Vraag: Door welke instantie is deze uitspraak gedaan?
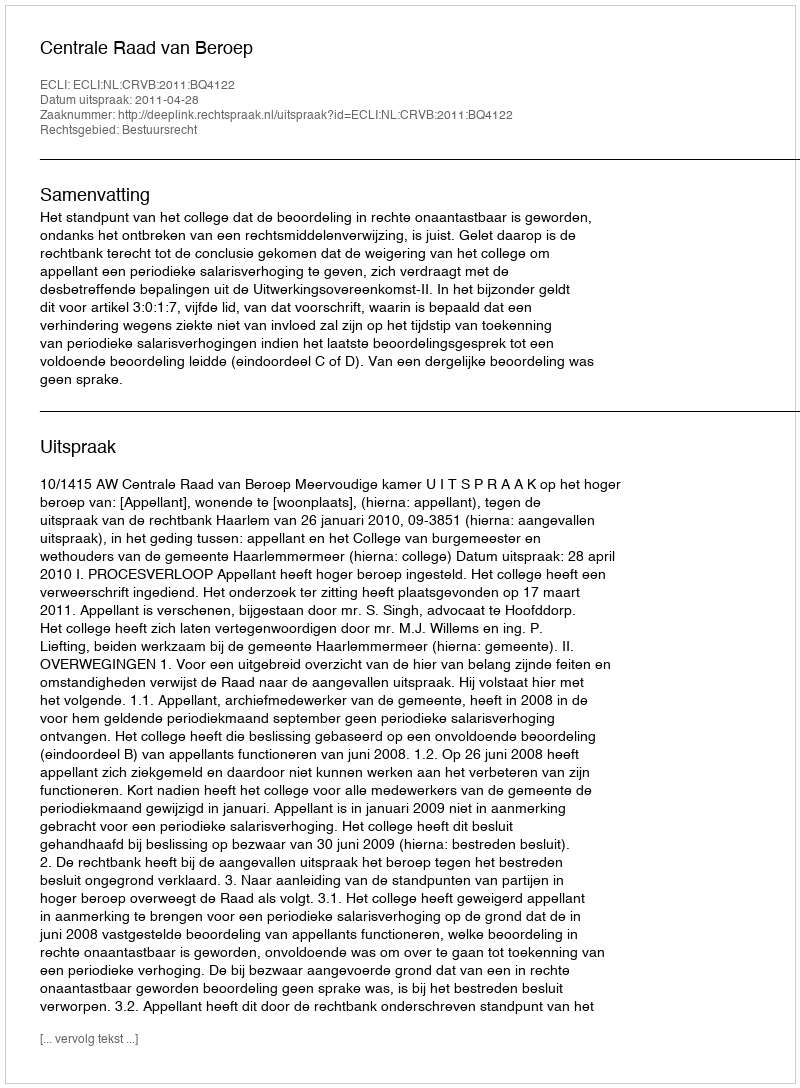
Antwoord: Centrale Raad van Beroep